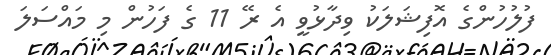
ފުލުހުންގެ އޮފިޝަލަކު ވިދާޅުވީ އެ ރޭ 11 ގެ ފަހުން މި މައްސަލަ